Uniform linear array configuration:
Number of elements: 12
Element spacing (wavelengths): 0.25
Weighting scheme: exponential
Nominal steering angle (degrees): -60
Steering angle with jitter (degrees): -59.755
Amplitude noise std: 0.05
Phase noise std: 0.05

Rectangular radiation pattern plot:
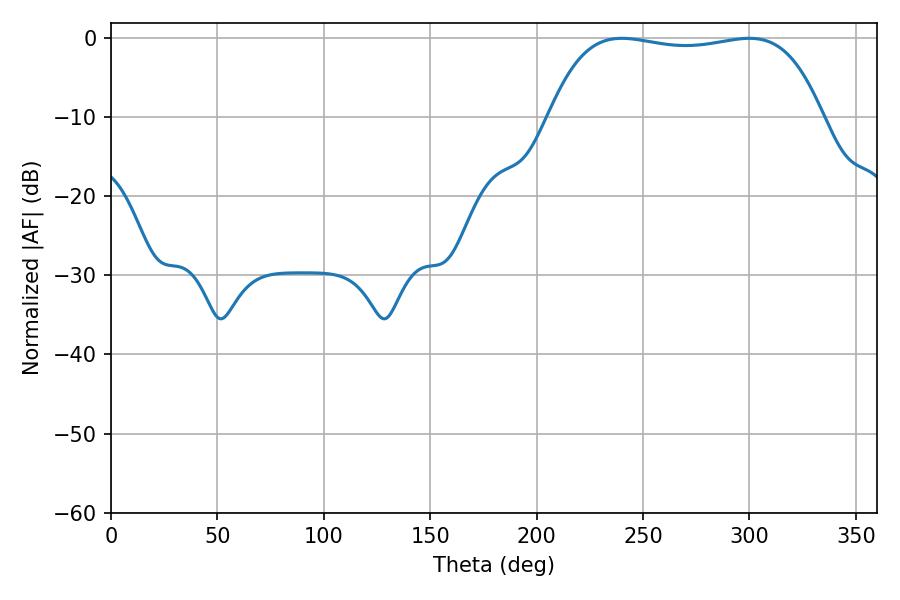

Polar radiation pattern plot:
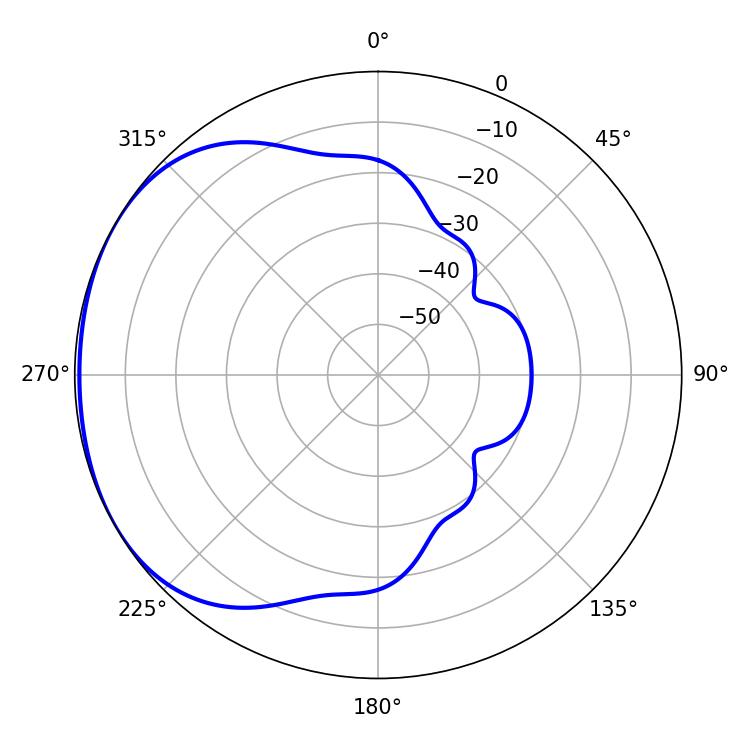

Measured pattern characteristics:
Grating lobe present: FALSE
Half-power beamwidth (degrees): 102.24
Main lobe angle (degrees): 240.12